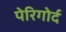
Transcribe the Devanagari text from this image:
पेरिगोर्द